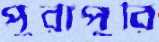
পুরাপুরি